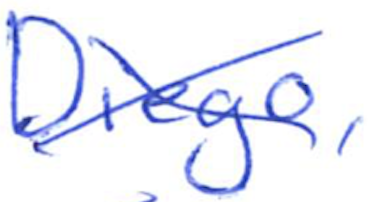
Text: Diego,
Cross-out: cross
Writing tool: ballpoint